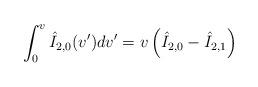
LaTeX: \begin{align*} \int_0^v\hat{I}_{2,0}(v')dv'=v\left(\hat{I}_{2,0}-\hat{I}_{2,1}\right)\end{align*}